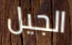
الجيل